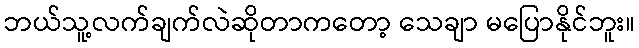
ဘယ်သူ့လက်ချက်လဲဆိုတာကတော့ သေချာ မပြောနိုင်ဘူး။